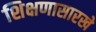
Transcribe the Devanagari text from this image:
शिक्षणासारखे